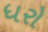
ધરો